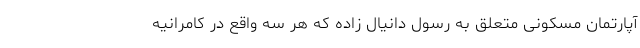
آپارتمان مسکونی متعلق به رسول دانیال زاده که هر سه واقع در کامرانیه